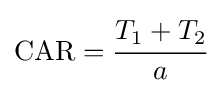
{\mbox{CAR}}={\cfrac {T_{1}+T_{2}}{a}}